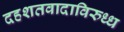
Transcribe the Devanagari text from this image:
दहशतवादाविरुध्ध